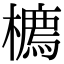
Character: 𪴇